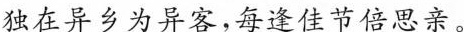
独在异乡为异客，每逢佳节倍思亲。